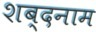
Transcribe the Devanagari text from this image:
शब्दनाम